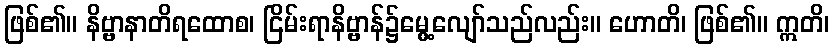
ဖြစ်၏။ နိဗ္ဗာနာတိရထောစ၊ ငြိမ်းရာနိဗ္ဗာန်၌မွေ့လျော်သည်လည်း။ ဟောတိ၊ ဖြစ်၏။ ဣတိ၊